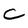
Character: C